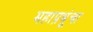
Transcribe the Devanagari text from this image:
महाप्रभूंचा